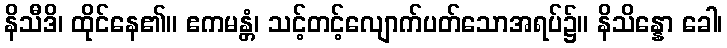
နိသီဒိ၊ ထိုင်နေ၏။ ဧကမန္တံ၊ သင့်တင့်လျောက်ပတ်သောအရပ်၌။ နိသိန္နော ခေါ၊